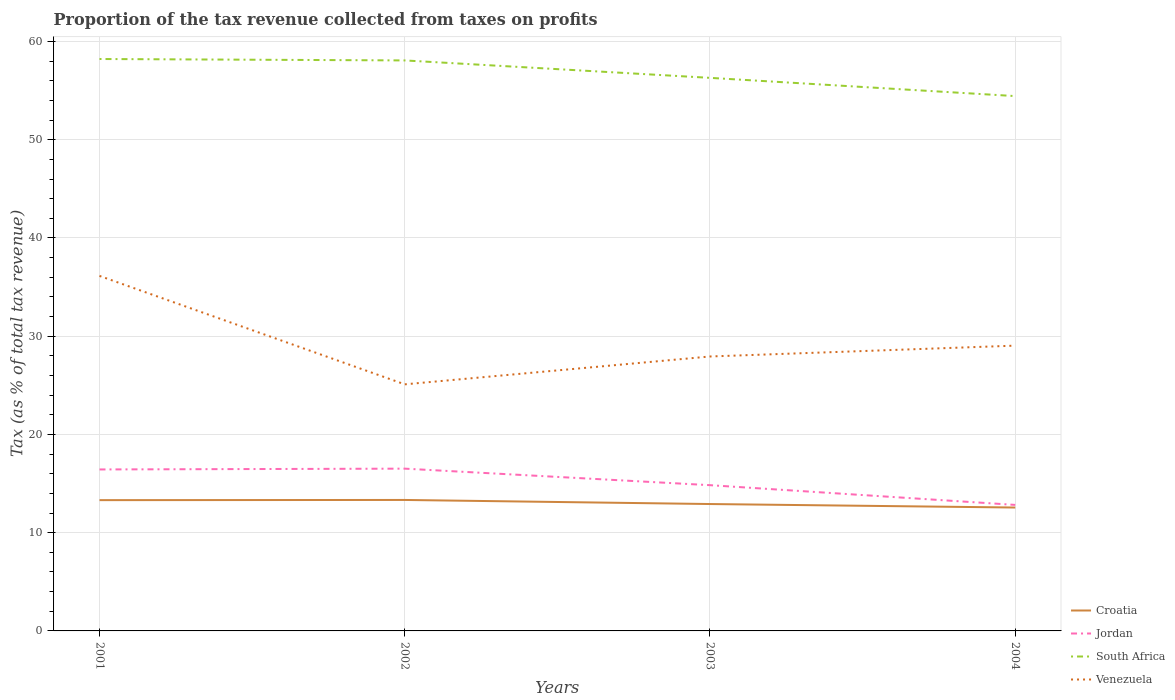
| Years | Croatia | Jordan | South Africa | Venezuela |
 | --- | --- | --- | --- | --- |
 | 2001 | 13.3 | 16.4 | 58.2 | 36.1 |
 | 2002 | 13.3 | 16.5 | 58.1 | 25.1 |
 | 2003 | 12.9 | 14.8 | 56.3 | 27.9 |
 | 2004 | 12.6 | 12.8 | 54.4 | 29 |